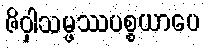
ဇိဝှါသမ္ဖဿပစ္စယာပေ